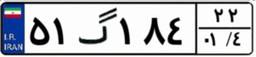
۵۱گ۱۸۴۲۲